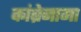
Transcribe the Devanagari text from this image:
कांब्रेनामा